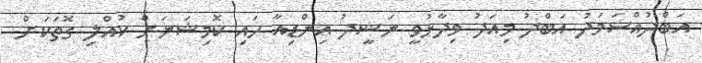
އަބްދުއްސަމަދު އަބްދު މިއަދު ވިދާޅުވީ ނަޝީދު އިންޑިއާ ހައި ކޮމިޝަނަށް ކުއްލި ގޮތަކަށް